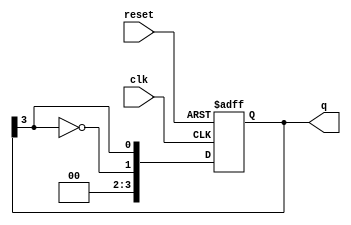
module johnson_counter #(
    parameter N = 4  // Number of flip-flops
) (
    input wire clk,      // Clock input
    input wire reset,    // Reset input
    output reg [N-1:0] q // Counter output
);

    // Sequential logic for the Johnson counter
    always @(posedge clk or posedge reset) begin
        if (reset) begin
            q <= 0; // Reset the counter to 0
        end else begin
            // Shift the state and feed back the inverted last flip-flop output
            q <= {~q[N-1], q[N-1:N-1]}; // Shift and feedback
        end
    end

endmodule